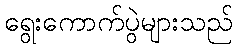
ရွေးကောက်ပွဲများသည်